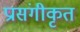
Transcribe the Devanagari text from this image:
प्रासंगीकृत